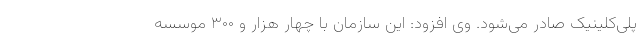
پلی‌کلینیک صادر می‌شود. وی افزود: این سازمان با چهار هزار و ۳۰۰ موسسه